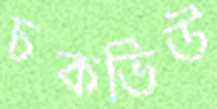
চকভিউ